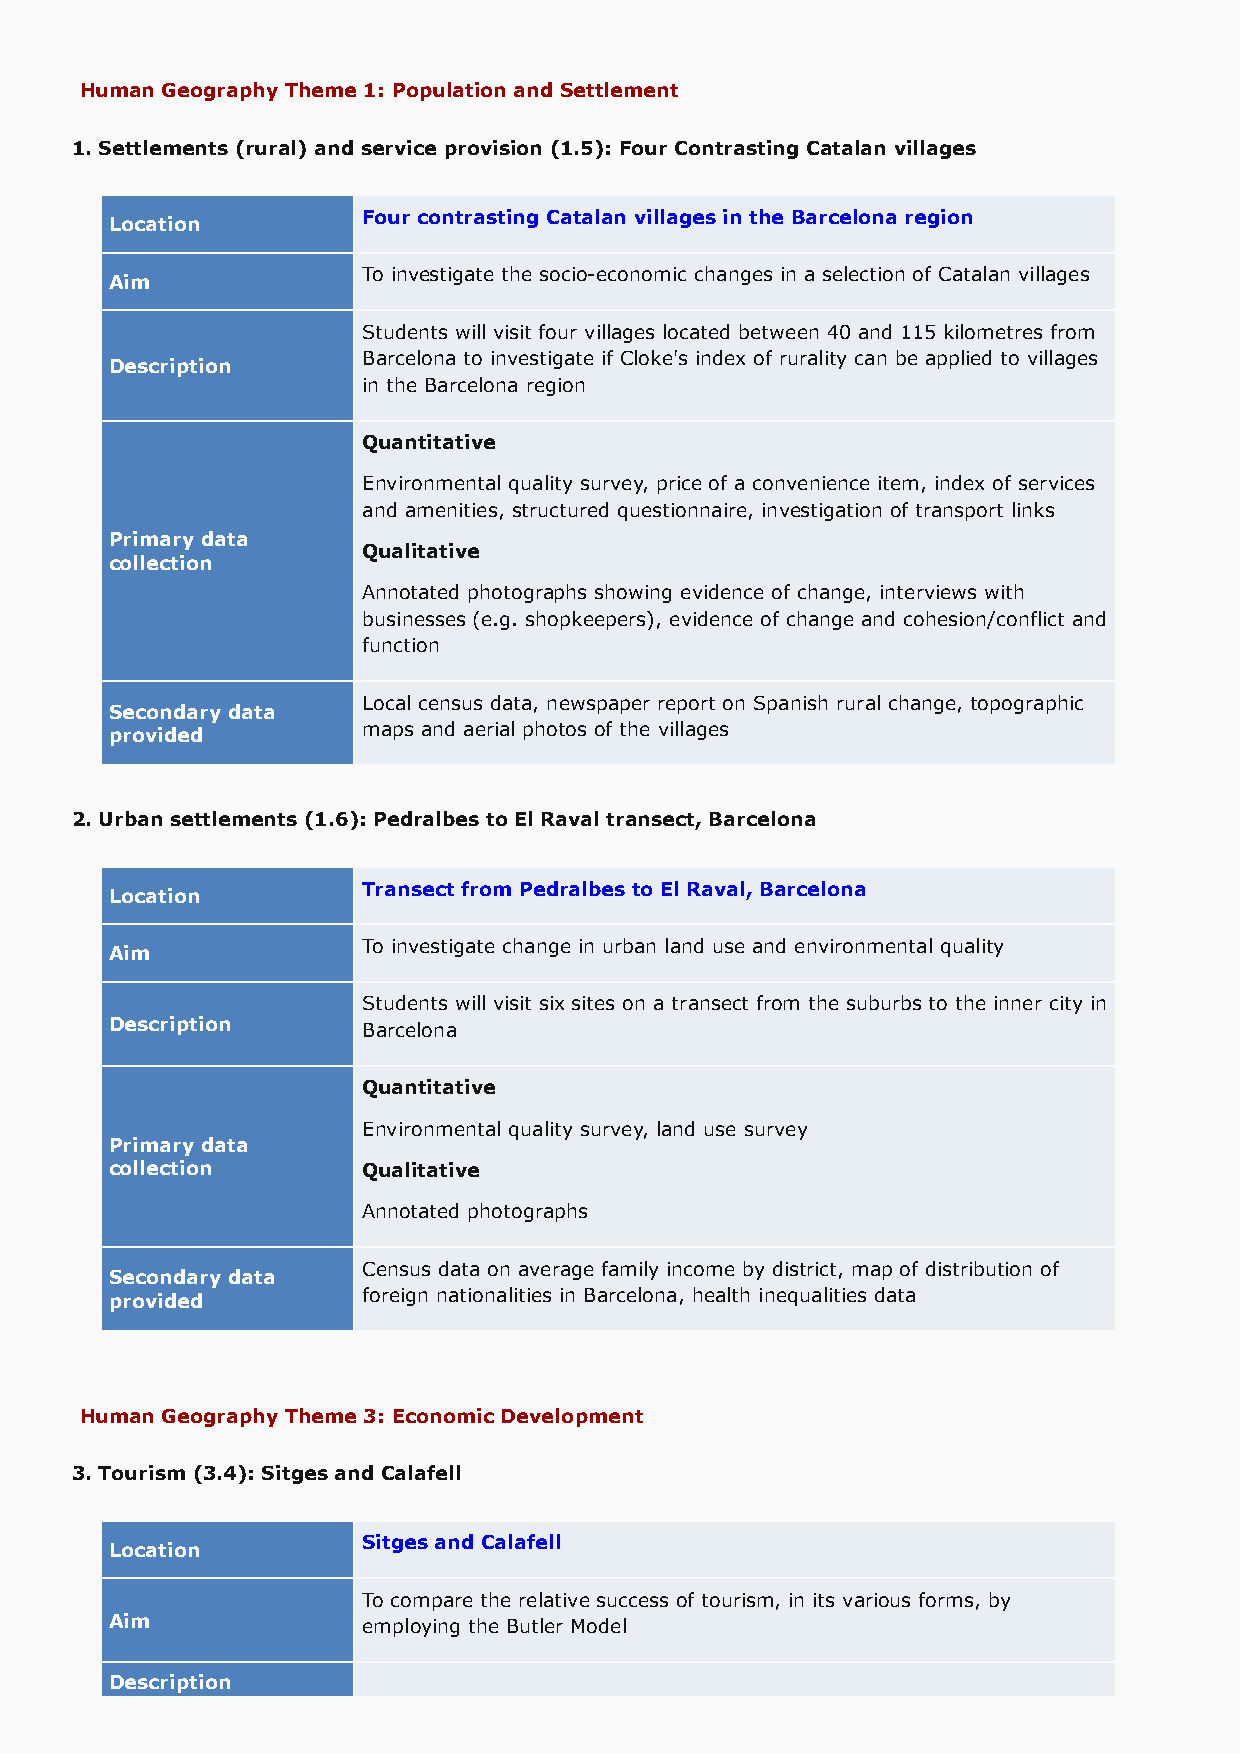
Human Geography Theme 1: Population and Settlement
 1. Settlements (rural) and service provision (1.5): Four Contrasting Catalan villages
 Four contrasting Catalan villages in the Barcelona region
 Location
 To investigate the socio-economic changes in a selection of Catalan villages
 Aim
 Students will visit four villages located between 40 and 115 kilometres from
 Barcelona to investigate if Cloke's index of rurality can be applied to villages
 Description
 in the Barcelona region
 Quantitative
 Environmental quality survey, price of a convenience item, index of services
 and amenities, structured questionnaire, investigation of transport links
 Primary data
 Qualitative
 collection
 Annotated photographs showing evidence of change, interviews with
 businesses (e.g. shopkeepers), evidence of change and cohesion/conflict and
 function
 Local census data, newspaper report on Spanish rural change, topographic
 Secondary data
 provided         maps and aerial photos of the villages
 2. Urban settlements (1.6): Pedralbes to El Raval transect, Barcelona
 Transect from Pedralbes to El Raval, Barcelona
 Location
 To investigate change in urban land use and environmental quality
 Aim
 Students will visit six sites on a transect from the suburbs to the inner city in
 Description      Barcelona
 Quantitative
 Environmental quality survey, land use survey
 Primary data
 collection       Qualitative
 Annotated photographs
 Census data on average family income by district, map of distribution of
 Secondary data
 provided         foreign nationalities in Barcelona, health inequalities data
 Human Geography Theme 3: Economic Development
 3. Tourism (3.4): Sitges and Calafell
 Sitges and Calafell
 Location
 To compare the relative success of tourism, in its various forms, by
 Aim              employing the Butler Model
 Description